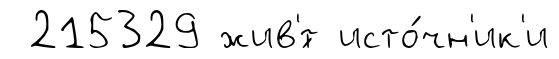
215329 жив'́т исто́чн'ик'и